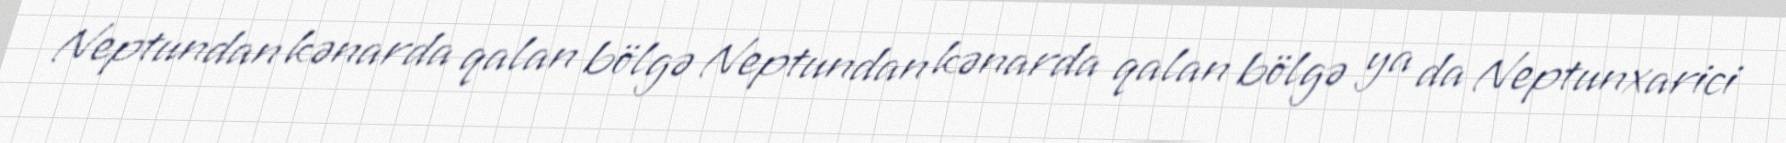
Neptundan kənarda qalan bölgə Neptundan kənarda qalan bölgə ya da Neptunxarici